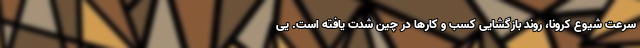
سرعت شیوع کرونا، روند بازگشایی کسب و کارها در چین شدت یافته است. یی